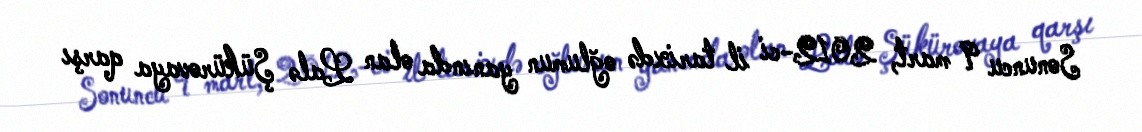
Sonuncu 9 mart, 2012-ci il tarixdə oğlumun yanında olan Lalə Şükürovaya qarşı